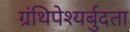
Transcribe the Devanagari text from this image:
ग्रंथिपेश्यर्बुदता